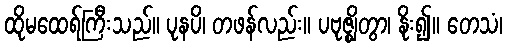
ထိုမထေရ်ကြီးသည်။ ပုနပိ၊ တဖန်လည်း။ ပဗုဇ္ဈိတွာ၊ နိုး၍။ တေသံ၊